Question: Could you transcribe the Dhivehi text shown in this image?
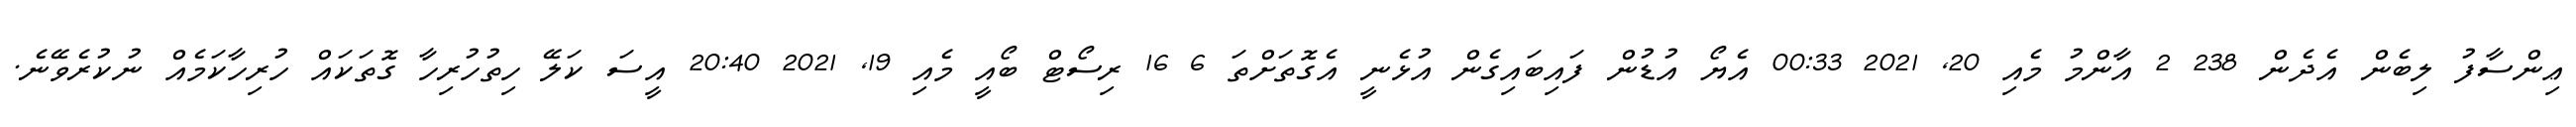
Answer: ޢިންސާފު ލިބެން އެދެން 238 2 އާންމު މެއި 20, 2021 00:33 އެޔޯ އުޑުން ފައިބައިގެން އުޅެނީ އެގޮތަށްތަ 6 16 ރިސޯޓް ބޯއީ މެއި 19, 2021 20:40 އީސަ ކަލޭ ހިތުހުރިހާ ގޮތަކައް ހުރިހާކަމެއް ނުކުރެވޭނެ.